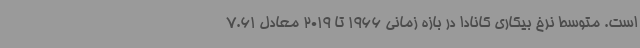
است. متوسط نرخ بیکاری کانادا در بازه زمانی 1966 تا 2019 معادل 7.61